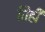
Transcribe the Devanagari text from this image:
तिही